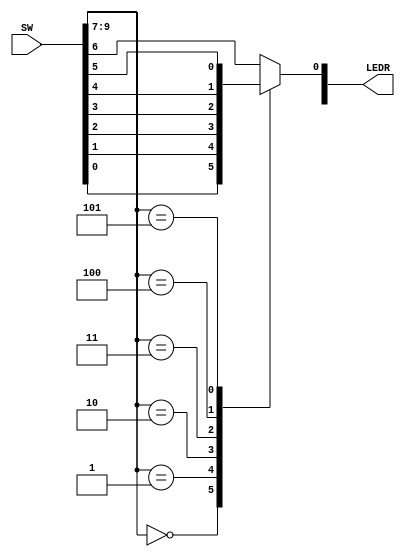
module mux7to1(LEDR, SW);
	input[9:0] SW;
	output[9:0] LEDR;
	reg Out;
	always @(*)
	begin
		case (SW[9:7]) 
			3'b000: Out = SW[0]; 
			3'b001: Out = SW[1]; 
			3'b010: Out = SW[2];
			3'b011: Out = SW[3];
			3'b100: Out = SW[4];
			3'b101: Out = SW[5];
			3'b110: Out = SW[6];
			default: Out = SW[6];
		endcase
	end
	assign LEDR[0] = Out;
endmodule